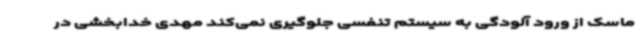
ماسک از ورود آلودگی به سیستم تنفسی جلوگیری نمی‌کند مهدی خدابخشی در